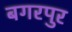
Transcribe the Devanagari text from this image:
बगरपुर